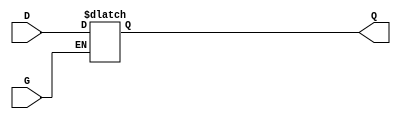
module gated_latch (
    input wire D,   // Data input
    input wire G,   // Gate signal
    output reg Q    // Output
);

    // Always block to define the latch behavior
    always @(*) begin
        if (G) begin
            Q = D;  // When G is high, output follows input
        end
        // When G is low, Q retains its last value (hold state)
    end

endmodule